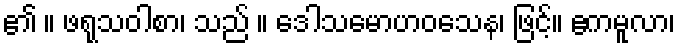
၏ ။ ဖရုသဝါစာ၊ သည် ။ ဒေါသမောဟဝသေန၊ ဖြင့်။ ဧကမူလာ၊